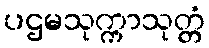
ပဌမသုက္ကာသုတ္တံ